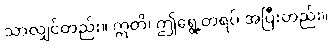
သာလျှင်တည်း။ ဣတိ၊ ဤရွေ့တရပ် အပြီးတည်း။